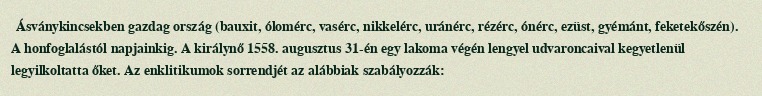
Ásványkincsekben gazdag ország (bauxit, ólomérc, vasérc, nikkelérc, uránérc, rézérc, ónérc, ezüst, gyémánt, feketekőszén). A honfoglalástól napjainkig. A királynő 1558. augusztus 31-én egy lakoma végén lengyel udvaroncaival kegyetlenül legyilkoltatta őket. Az enklitikumok sorrendjét az alábbiak szabályozzák: